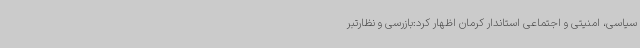
سیاسی، امنیتی و اجتماعی استاندار کرمان اظهار کرد:بازرسی و نظارتبر